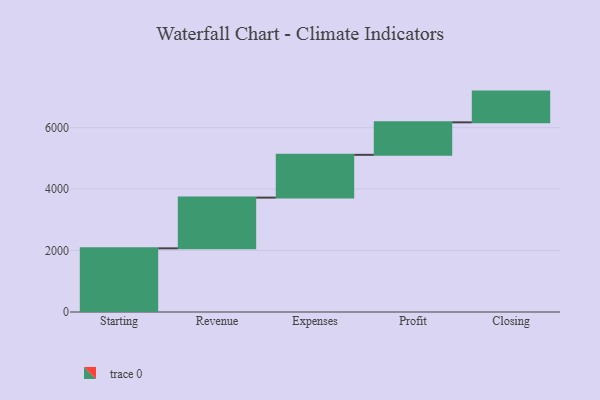
{"axis": {"x": "Step", "y": "Value"}, "legend": [""], "data": [{"x": "Starting", "y": 2072.0, "type": ""}, {"x": "Revenue", "y": 1650.0, "type": ""}, {"x": "Expenses", "y": 1392.0, "type": ""}, {"x": "Profit", "y": 1058.0, "type": ""}, {"x": "Closing", "y": 1000, "type": ""}]}